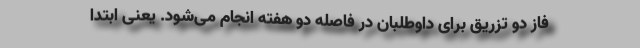
فاز دو تزریق برای داوطلبان در فاصله دو هفته انجام می‌شود. یعنی ابتدا